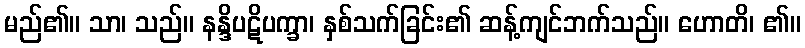
မည်၏။ သာ၊ သည်။ နန္ဒိပဋိပက္ခာ၊ နှစ်သက်ခြင်း၏ ဆန့်ကျင်ဘက်သည်။ ဟောတိ၊ ၏။